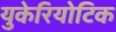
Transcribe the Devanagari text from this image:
युकेरियोटिक